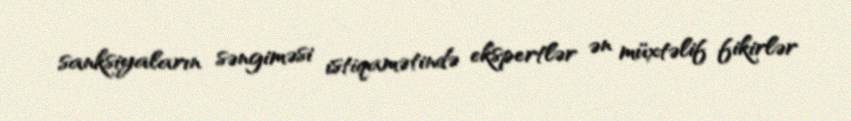
sanksiyaların səngiməsi istiqamətində ekspertlər ən müxtəlif fikirlər